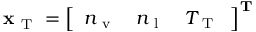
\mathbf { x } _ { \mathrm { ~ T ~ } } = \left[ \begin{array} { l l l } { n _ { \mathrm { ~ v ~ } } } & { n _ { \mathrm { ~ l ~ } } } & { T _ { \mathrm { ~ T ~ } } } \end{array} \right] ^ { \mathbf { T } }